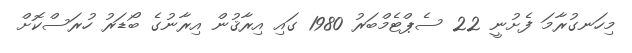
މިހަނގުރާމަ ފެށުނީ 22 ސެޕްޓެމްބަރު 1980 ގައި އިރާޤުން އިރާނުގެ ބޯޑަރު ހުރަސްކޮށް